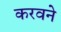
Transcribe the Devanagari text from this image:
करवने